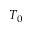
T _ { 0 }